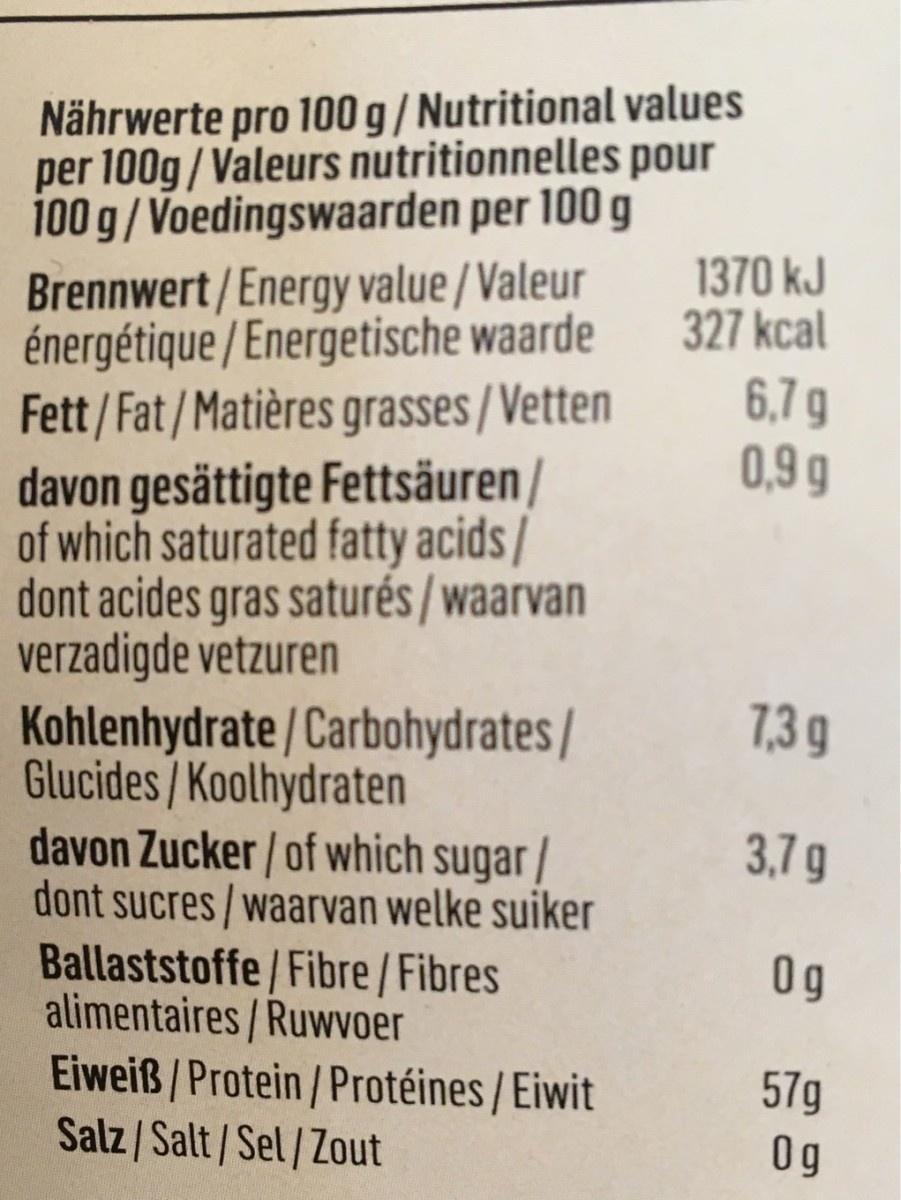
Nährwerte pro 100 g/ Nutritional values per 100g/Valeurs nutritionnelles pour 100 g/Voedingswaarden per 100 g Brennwert/Energy value/Valeur énergétique / Energetische waarde Fett/Fat/Matières grasses / Vetten davon gesättigte Fettsäuren / of which saturated fatty acids/ dont acides gras saturés / waarvan verzadigde vetzuren Kohlenhydrate / Carbohydrates/ Glucides/ Koolhydraten davon Zucker/ of which sugar / dont sucres/waarvan welke suiker Ballaststoffe/Fibre/Fibres alimentaires/Ruwvoer Eiweiß/ Protein/Protéines / Eiwit Salz/ Salt/Sel/Zout 1370 kJ 327 kcal 6,7 g 0,9 g 7,3 g 3,7g 0g 57g 0g